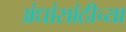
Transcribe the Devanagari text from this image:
अंधांसांठीच्या